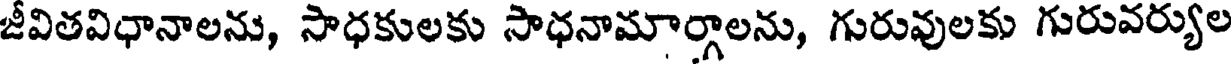
జీవితవిధానాలను, సాధకులకు సాధనామార్గాలను, గురువులకు గురువర్యుల